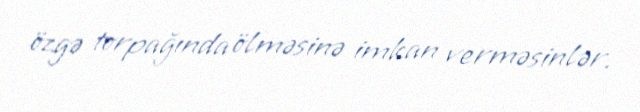
özgə torpağında ölməsinə imkan verməsinlər.